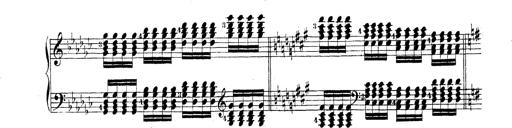
Title: Technische Studien
Composer: Franz Liszt